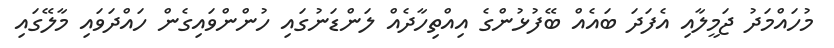
މުހައްމަދު ޖަމީލާއި އެފަދަ ބައެއް ބޭފުޅުންގެ އިއްތިހާދެއް ލަންޑަނުގައި ހުންންވައިގެން ހައްދަވައި މާލޭގައި